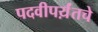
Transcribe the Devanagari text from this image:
पदवीपर्य़ंतचे